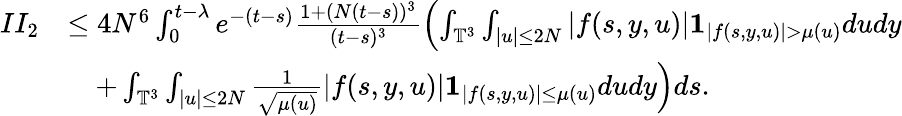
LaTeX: \begin{array}{rl}{II_{2}}&{\leq 4N^{6}\int_{0}^{t-\lambda}e^{-(t-s)}\frac{1+(N(t-s))^{3}}{(t-s)^{3}}\left(\int_{\mathbb{T}^{3}}\int_{\vert u\vert\leq 2N}\vert f(s,y,u)\vert\mathbf{1}_{\vert f(s,y,u)\vert>\mu(u)}dudy\right.}\\ &{\quad\left.+\int_{\mathbb{T}^{3}}\int_{\vert u\vert\leq 2N}\frac{1}{\sqrt{\mu(u)}}\vert f(s,y,u)\vert\mathbf{1}_{\vert f(s,y,u)\vert\leq\mu(u)}dudy\right)ds.}\end{array}